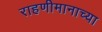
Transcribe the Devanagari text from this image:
राहणीमानाच्या